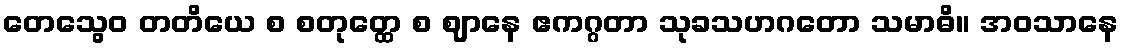
တေသွေဝ တတိယေ စ စတုတ္ထေ စ ဈာနေ ဧကဂ္ဂတာ သုခသဟဂတော သမာဓိ။ အဝသာနေ